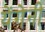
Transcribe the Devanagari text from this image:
येंगेनी